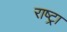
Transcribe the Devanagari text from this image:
राष्ट्रा